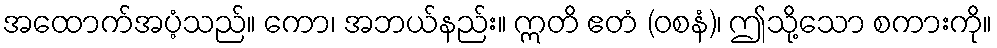
အထောက်အပံ့သည်။ ကော၊ အဘယ်နည်း။ ဣတိ ဧတံ (ဝစနံ)၊ ဤသို့သော စကားကို။